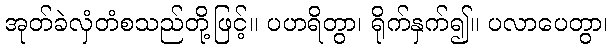
အုတ်ခဲလှံတံစသည်တို့ဖြင့်။ ပဟရိတွာ၊ ရိုက်နှက်၍။ ပလာပေတွာ၊